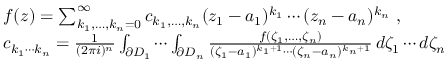
{ \begin{array} { r l } & { f ( z ) = \sum _ { k _ { 1 } , \dots , k _ { n } = 0 } ^ { \infty } c _ { k _ { 1 } , \dots , k _ { n } } ( z _ { 1 } - a _ { 1 } ) ^ { k _ { 1 } } \cdots ( z _ { n } - a _ { n } ) ^ { k _ { n } } \ , } \\ & { c _ { k _ { 1 } \cdots k _ { n } } = { \frac { 1 } { ( 2 \pi i ) ^ { n } } } \int _ { \partial D _ { 1 } } \cdots \int _ { \partial D _ { n } } { \frac { f ( \zeta _ { 1 } , \dots , \zeta _ { n } ) } { ( \zeta _ { 1 } - a _ { 1 } ) ^ { k _ { 1 } + 1 } \cdots ( \zeta _ { n } - a _ { n } ) ^ { k _ { n } + 1 } } } \, d \zeta _ { 1 } \cdots d \zeta _ { n } } \end{array} }